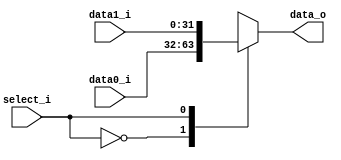
/***************************************************
Student Name: 
Student ID: 
***************************************************/

`timescale 1ns/1ps

module MUX_2to1(
	input  [32-1:0] data0_i,       
	input  [32-1:0] data1_i,
	input       	select_i,
	output [32-1:0] data_o
               );

reg [32-1:0] data_out;   

always@(*)begin
	case(select_i)
        	0: data_out = data0_i;
        	1: data_out = data1_i;
     	endcase
end

assign data_o = data_out;   

endmodule